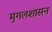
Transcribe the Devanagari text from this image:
मुगलशासन